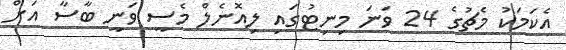
އެކަމަކު މެޗުގެ 24 ވަނަ މިނިޓުގައި ލިއޮނެލް މެސީ ވަނީ ބާސާ އަށް